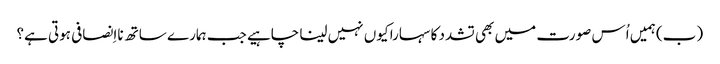
‏ (‏ب)‏ ہمیں اُس صورت میں بھی تشدد کا سہارا کیوں نہیں لینا چاہیے جب ہمارے ساتھ نااِنصافی ہوتی ہے؟